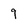
Character: 9